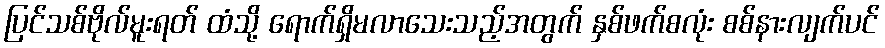
ပြင်သစ်ဗိုလ်မူးရတ် ထံသို့ ရောက်ရှိမလာသေးသည့်အတွက် နှစ်ဖက်စလုံး စစ်နားလျက်ပင်